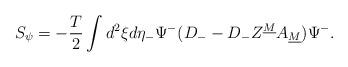
LaTeX: \begin{align*}S_\psi=-{T\over 2}\int d^2\xi d\eta_-\Psi^-(D_--D_-Z^{\underline M}A_{\underline M})\Psi^-.\end{align*}